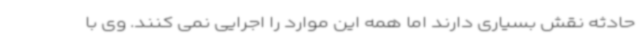
حادثه نقش بسیاری دارند اما همه این موارد را اجرایی نمی کنند. وی با